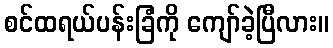
စင်ထရယ်ပန်းခြံကို ကျော်ခဲ့ပြီလား။